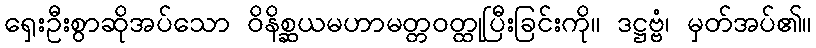
ရှေးဦးစွာဆိုအပ်သော ဝိနိစ္ဆယမဟာမတ္တဝတ္ထုပြီးခြင်းကို။ ဒဋ္ဌဗ္ဗံ၊ မှတ်အပ်၏။